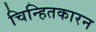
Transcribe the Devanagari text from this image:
चिन्हितकारन